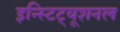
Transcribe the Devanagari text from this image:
इन्स्टिट्यूशनल